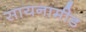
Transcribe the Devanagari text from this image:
सायनामीड